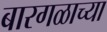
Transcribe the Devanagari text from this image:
बारगळाच्या